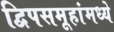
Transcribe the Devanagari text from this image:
द्विपसमूहांमध्ये